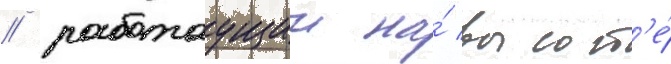
/ работаущии на́ высот'е́